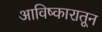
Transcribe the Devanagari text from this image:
आविष्कारातून